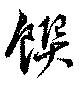
饌